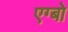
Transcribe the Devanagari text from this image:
एग्बो